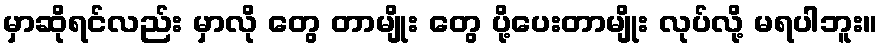
မှာဆိုရင်လည်း မှာလို တွေ တာမျိုး တွေ ပို့ပေးတာမျိုး လုပ်လို့ မရပါဘူး။